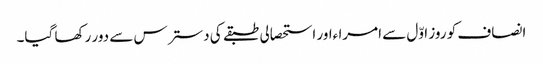
انصاف کو روز اوّل سے امرا ءاور استحصالی طبقے کی دسترس سے دور رکھا گیا۔